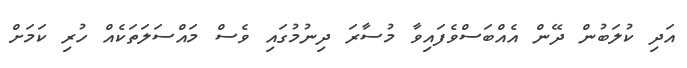
އަދި ކުލަބުން ދޭން އެއްބަސްވެފައިވާ މުސާރަ ދިނުމުގައި ވެސް މައްސަލަތަކެއް ހުރި ކަމަށް